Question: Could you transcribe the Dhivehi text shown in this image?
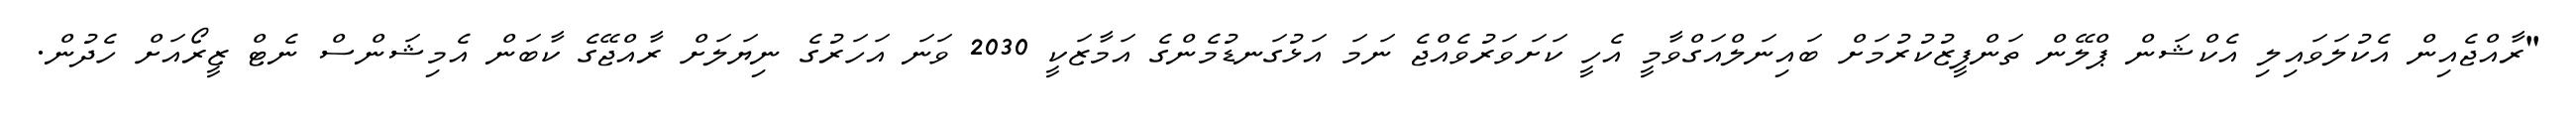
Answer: "ރާއްޖެއިން އެކުލަވައިލި އެކްޝަން ޕްލޭން ތަންފީޒުކުރުމަށް ބައިނަލްއަގްވާމީ އެހީ ކަށަވަރުވެއްޖެ ނަމަ އަޅުގަނޑުމެންގެ އަމާޒަކީ 2030 ވަނަ އަހަރުގެ ނިޔަލަށް ރާއްޖޭގެ ކާބަން އެމިޝަންސް ނެޓް ޒީރޯއަށް ހެދުން.